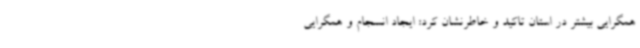
همگرایی بیشتر در استان تاکید و خاطرنشان کرد: ایجاد انسجام و همگرایی